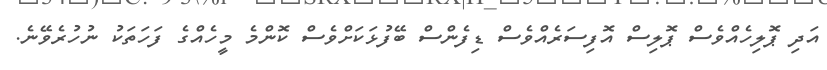
އަދި ޕޮލިހެއްވެސް ޕޮލިސް އޮފިސަރެއްވެސް ޑިފެންސް ބޭފުޅަކަށްވެސް ކޮންމެ މީހެއްގެ ފަހަތަކު ނުހުރެވޭނެ.